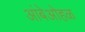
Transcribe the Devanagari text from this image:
आंबेओहळ